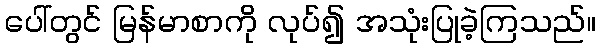
ပေါ်တွင် မြန်မာစာကို လုပ်၍ အသုံးပြုခဲ့ကြသည်။